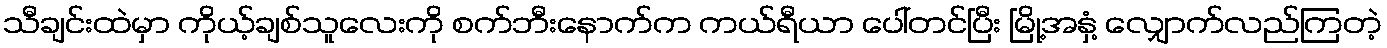
သီချင်းထဲမှာ ကိုယ့်ချစ်သူလေးကို စက်ဘီးနောက်က ကယ်ရီယာ ပေါ်တင်ပြီး မြို့အနှံ့ လျှောက်လည်ကြတဲ့